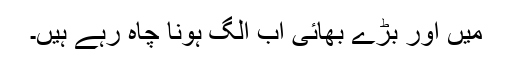
میں اور بڑے بھائی اب الگ ہونا چاہ رہے ہیں۔